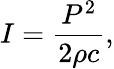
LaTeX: I=\frac{P^{2}}{2\rho c},